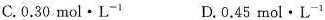
C. 0 . 3 0 m o l \cdot L ^ { - 1 } D. 0 . 4 5 m o l \cdot L ^ { - 1 }